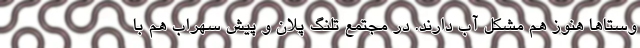
وستاها هنوز هم مشکل آب دارند. در مجتمع تلنگ پلان و پیش سهراب هم با